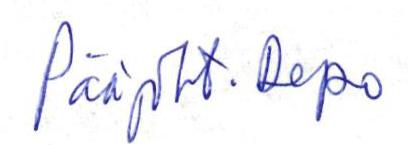
Pääjoht. Repo